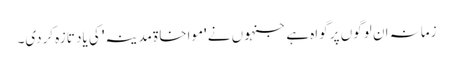
زمانہ ان لوگوں پر گواہ ہے جنہوں نے 'مواخاۃَ مدینہ' کی یاد تازہ کردی۔